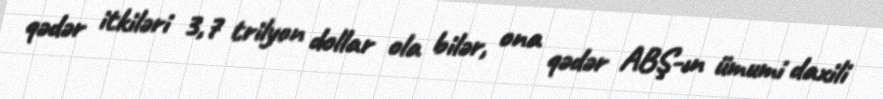
qədər itkiləri 3,7 trilyon dollar ola bilər, ona qədər ABŞ-ın ümumi daxili